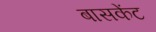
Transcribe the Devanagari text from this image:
बासकेंट